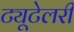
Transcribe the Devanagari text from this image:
ट्यूटेलरी